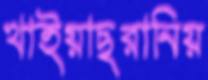
খাইয়াছরানিয়